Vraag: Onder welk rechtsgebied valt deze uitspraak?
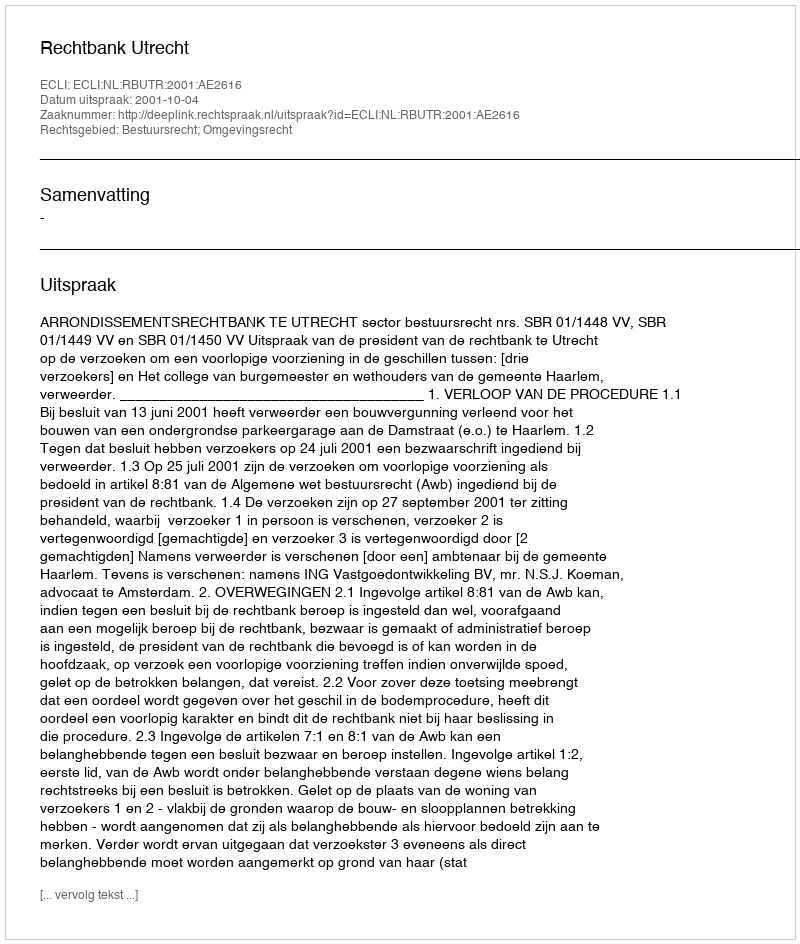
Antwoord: Bestuursrecht; Omgevingsrecht